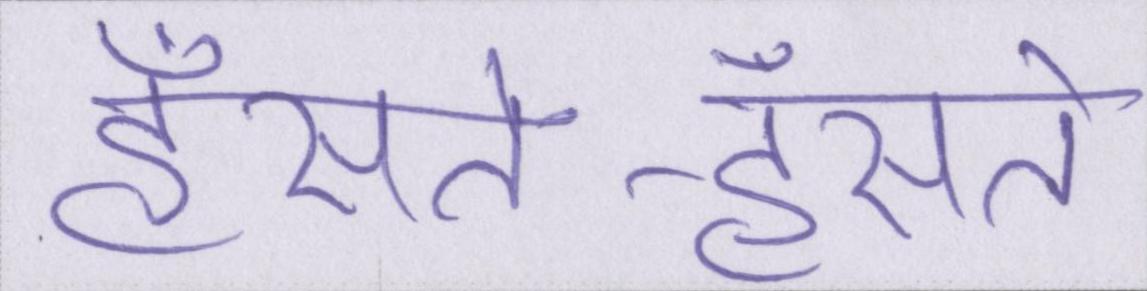
हँसते-हँसते